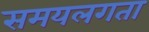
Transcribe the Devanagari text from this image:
समयलगता